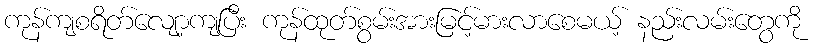
ကုန်ကျစရိတ်လျော့ကျပြီး ကုန်ထုတ်စွမ်းအားမြင့်မားလာစေမယ့် နည်းလမ်းတွေကို